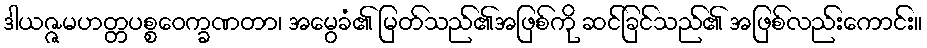
ဒါယဇ္ဇမဟတ္တပစ္စဝေက္ခဏတာ၊ အမွေခံ၏ မြတ်သည်၏အဖြစ်ကို ဆင်ခြင်သည်၏ အဖြစ်လည်းကောင်း။